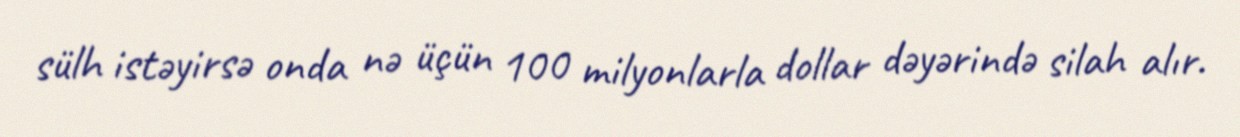
sülh istəyirsə onda nə üçün 100 milyonlarla dollar dəyərində silah alır.